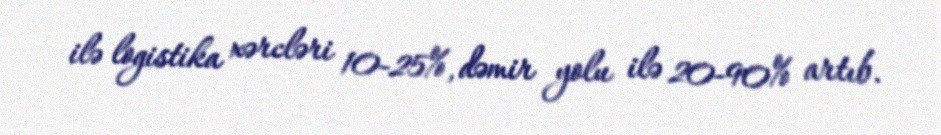
ilə logistika xərcləri 10-25%, dəmir yolu ilə 20-90% artıb.